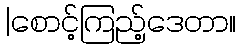
|စောင့်ကြည့်ဒေတာ။